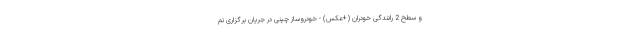
و سطح 2 رانندگی خودران (+عکس) - خودروساز چینی در جریان برگزاری نم